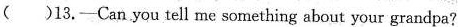
()13.——Can you tell me something about your grandpa?